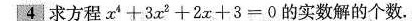
4求方程 $$ x ^ {4}+3x ^ {2}+2x+3=0 $$ 的实数解的个数。